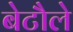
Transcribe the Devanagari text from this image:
बेटौले